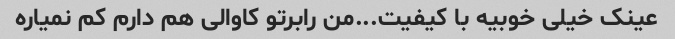
عینک خیلی خوبیه با کیفیت...من رابرتو کاوالی هم دارم کم نمیاره